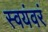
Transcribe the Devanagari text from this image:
स्वयंवरं